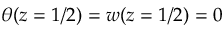
\theta ( z = 1 / 2 ) = w ( z = 1 / 2 ) = 0